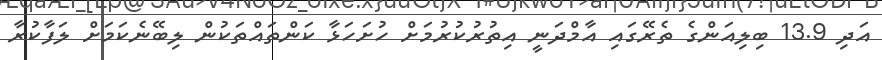
އަދި 13.9 ބިލިއަންގެ ތެރޭގައި އާމްދަނީ އިތުރުކުރުމަށް ހުށަހަޅާ ކަންތައްތަކުން ލިބޭނެކަމަށް ލަފާކުރާ